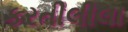
કરતીલીલા